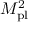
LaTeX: M _ { \mathrm { { p l } } } ^ { 2 }